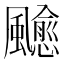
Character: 𩙍